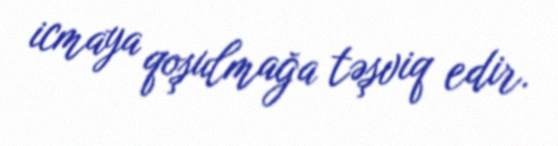
icmaya qoşulmağa təşviq edir.